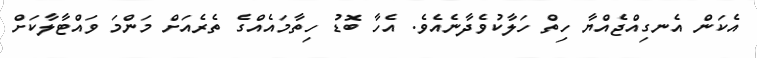
އެކަން އެނގިއްޖެއްޔާ ހިތް ހަލާކުވެދާނެއެވެ. އެހާ ބޮޑު ހިތާމައެއްގެ ތެރެއަށް މަންމަ ވައްޓާލާކަށް